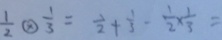
\frac { 1 } { 2 } \textcircled { \times } \frac { 1 } { 3 } = \frac { 1 } { 2 } + \frac { 1 } { 5 } - \frac { 1 } { 2 } \times \frac { 1 } { 3 } =